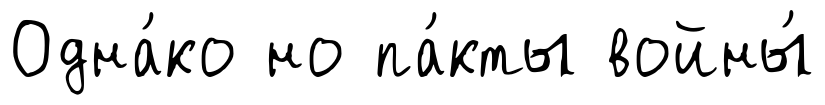
Одна́ко но па́кты войны́